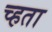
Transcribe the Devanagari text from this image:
च्हता